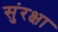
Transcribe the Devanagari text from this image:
सुंरक्षा